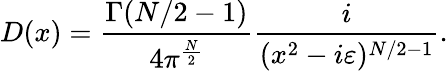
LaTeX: D(x)=\frac{\Gamma(N/2-1)}{4\pi^{\frac{N}{2}}}\frac{i}{(x^{2}-i\varepsilon)^{N/2-1}}.